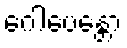
ဂေါပေန္တော